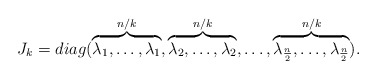
\begin{align*}J_{k}=diag(\overbrace{\lambda _{1},\ldots,\lambda_{1}}^{n/k} ,\overbrace{\lambda _{2},\ldots,\lambda _{2}}^{n/k},\ldots ,\overbrace{\lambda _{\frac{n}{2}},\ldots,\lambda _{\frac{n}{2}}}^{n/k}). \end{align*}